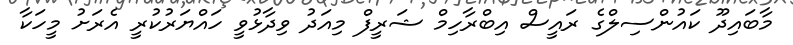
މާބައިދޫ ކައުންސިލްގެ ރައީސް އިބްރާހިމް ޝަރީފް މިއަދު ވިދާޅުވީ ހައްޔަރުކުރީ އެރަށު މީހަކާ